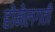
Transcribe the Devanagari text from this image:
होनेलगती